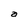
Character: a